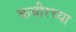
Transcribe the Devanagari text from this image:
कबीरच्या